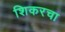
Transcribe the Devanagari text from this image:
शिकरचा